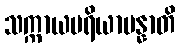
သက္ကာယပရိယာပန္နာတိ